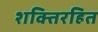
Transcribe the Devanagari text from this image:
शक्तिरहित